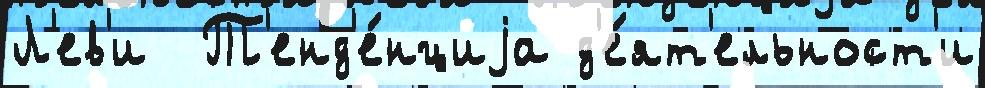
Л'ев'и  Т'енд'е́нциjа д'е́ят'ельност'и